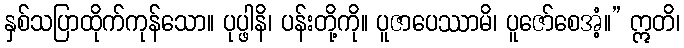
နှစ်သပြာထိုက်ကုန်သော။ ပုပ္ဖါနိ၊ ပန်းတို့ကို။ ပူဇာပေဿာမိ၊ ပူဇော်စေအံ့။” ဣတိ၊